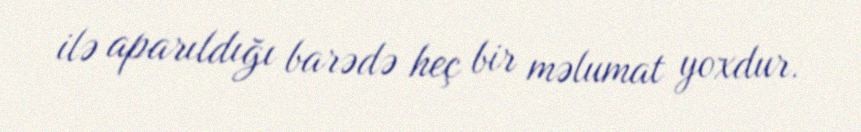
ilə aparıldığı barədə heç bir məlumat yoxdur.